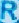
R